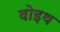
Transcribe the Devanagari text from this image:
वोइथ